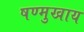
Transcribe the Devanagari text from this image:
षण्मुखाय